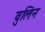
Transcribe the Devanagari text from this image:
वुलिन